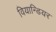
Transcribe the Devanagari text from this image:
वियान्डियर